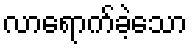
လာရောက်ခဲ့သော